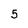
Character: 5